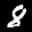
Label: 8